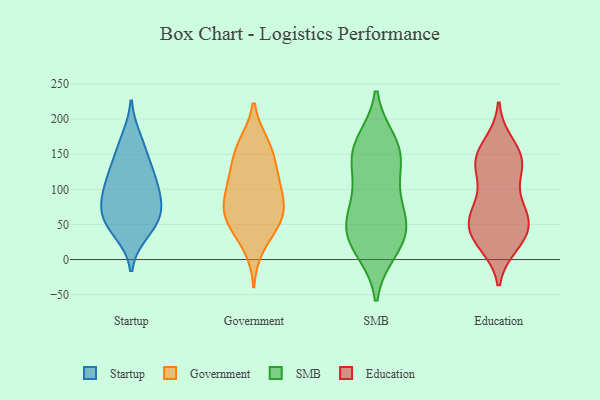
{"axis": {"x": "Bounce Rate (%)", "y": "Value"}, "legend": ["Education", "Government", "SMB", "Startup"], "data": [{"x": "", "y": 127, "type": "Startup"}, {"x": "", "y": 47, "type": "Startup"}, {"x": "", "y": 38, "type": "Startup"}, {"x": "", "y": 121, "type": "Startup"}, {"x": "", "y": 106, "type": "Startup"}, {"x": "", "y": 97, "type": "Startup"}, {"x": "", "y": 60, "type": "Startup"}, {"x": "", "y": 70, "type": "Startup"}, {"x": "", "y": 65, "type": "Startup"}, {"x": "", "y": 84, "type": "Startup"}, {"x": "", "y": 154, "type": "Startup"}, {"x": "", "y": 172, "type": "Startup"}, {"x": "", "y": 75, "type": "Government"}, {"x": "", "y": 164, "type": "Government"}, {"x": "", "y": 94, "type": "Government"}, {"x": "", "y": 154, "type": "Government"}, {"x": "", "y": 17, "type": "Government"}, {"x": "", "y": 48, "type": "Government"}, {"x": "", "y": 51, "type": "Government"}, {"x": "", "y": 127, "type": "Government"}, {"x": "", "y": 113, "type": "Government"}, {"x": "", "y": 53, "type": "Government"}, {"x": "", "y": 68, "type": "Government"}, {"x": "", "y": 126, "type": "Government"}, {"x": "", "y": 96, "type": "Government"}, {"x": "", "y": 166, "type": "Government"}, {"x": "", "y": 73, "type": "Government"}, {"x": "", "y": 64, "type": "SMB"}, {"x": "", "y": 32, "type": "SMB"}, {"x": "", "y": 85, "type": "SMB"}, {"x": "", "y": 154, "type": "SMB"}, {"x": "", "y": 168, "type": "SMB"}, {"x": "", "y": 52, "type": "SMB"}, {"x": "", "y": 54, "type": "SMB"}, {"x": "", "y": 112, "type": "SMB"}, {"x": "", "y": 163, "type": "SMB"}, {"x": "", "y": 17, "type": "SMB"}, {"x": "", "y": 37, "type": "SMB"}, {"x": "", "y": 150, "type": "SMB"}, {"x": "", "y": 132, "type": "SMB"}, {"x": "", "y": 13, "type": "SMB"}, {"x": "", "y": 30, "type": "Education"}, {"x": "", "y": 154, "type": "Education"}, {"x": "", "y": 129, "type": "Education"}, {"x": "", "y": 41, "type": "Education"}, {"x": "", "y": 66, "type": "Education"}, {"x": "", "y": 90, "type": "Education"}, {"x": "", "y": 22, "type": "Education"}, {"x": "", "y": 34, "type": "Education"}, {"x": "", "y": 140, "type": "Education"}, {"x": "", "y": 165, "type": "Education"}, {"x": "", "y": 62, "type": "Education"}, {"x": "", "y": 139, "type": "Education"}, {"x": "", "y": 131, "type": "Education"}, {"x": "", "y": 75, "type": "Education"}, {"x": "", "y": 52, "type": "Education"}, {"x": "", "y": 139, "type": "Education"}, {"x": "", "y": 28, "type": "Education"}, {"x": "", "y": 61, "type": "Education"}]}